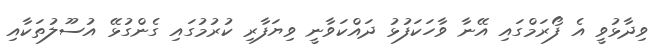
ވިދާޅުވީ އެ ފޯރަމްގައި އޭނާ ވާހަކަފުޅު ދައްކަވާނީ ވިޔަފާރި ކުރުމުގައި ގެންގުޅޭ އުސޫލުތަކާއި